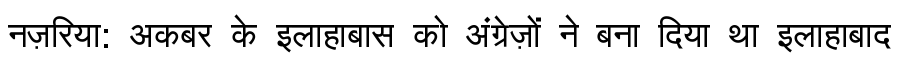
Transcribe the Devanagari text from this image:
नज़रिया: अकबर के इलाहाबास को अंग्रेज़ों ने बना दिया था इलाहाबाद